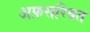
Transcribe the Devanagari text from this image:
अफ़सरियत